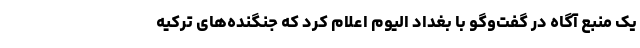
یک منبع آگاه در گفت‌وگو با بغداد الیوم اعلام کرد که جنگنده‌های ترکیه